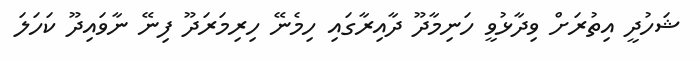
ޝަހުދީ އިތުރަށް ވިދާޅުވީ ހަނިމާދޫ ދާއިރާގައި ހިމެނޭ ހިރިމަރަދޫ ފިނޭ ނާވައިދޫ ކަހަލަ